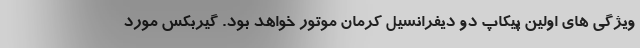
ویژگی های اولین پیکاپ دو دیفرانسیل کرمان موتور خواهد بود. گیربکس مورد